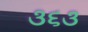
૩૬૩